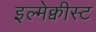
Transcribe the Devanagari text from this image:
इल्मेक्वीस्ट